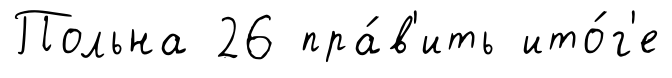
Польна 26 пра́в'ить ито́г'е